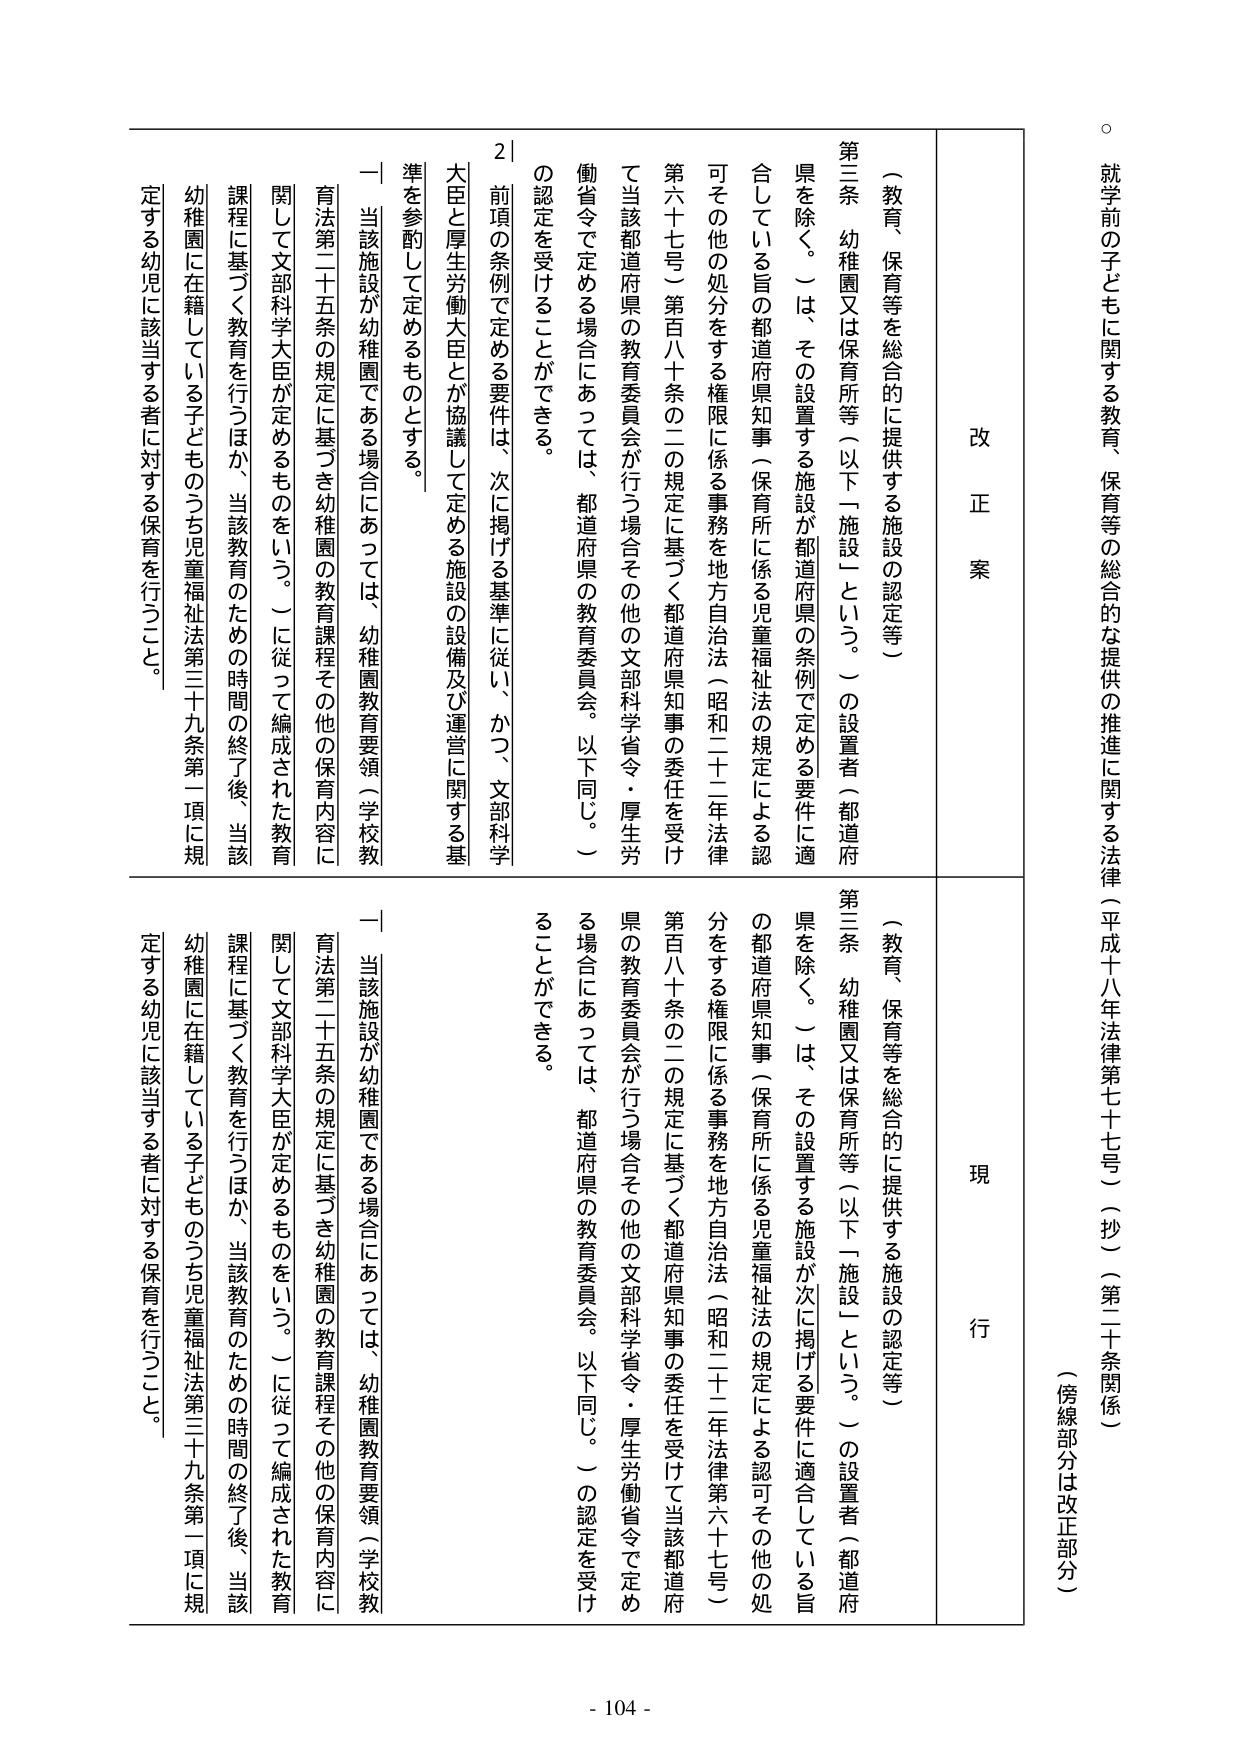
就学前の子どもに関する教育、保育等の総合的な提供の推進に関する法律（平成十八年法律第七十七号）（抄）（第二十条関係）
（傍線部分は改正部分）

改正案
現行

（教育、保育等を総合的に提供する施設の認定等）
第三条 幼稚園又は保育所等（以下「施設」という。）の設置者（都道府県を除く。）は、その設置する施設が都道府県の条例で定める要件に適合している旨の都道府県知事（保育所に係る児童福祉法の規定による認可その他の処分をする権限に係る事務を地方自治法（昭和二十二年法律第六十七条）第百八十条の二の規定に基づく都道府県知事の委任を受けて当該都道府県の教育委員会が行う場合その他の文部科学省令・厚生労働省令で定める場合にあっては、都道府県の教育委員会。以下同じ。）の認定を受けることができる。
前項の条例で定める要件は、次に掲げる基準に従い、かつ、文部科学大臣と厚生労働大臣とが協議して定める施設の設備及び運営に関する基準を参酌して定めるものとする。
一 当該施設が幼稚園である場合にあっては、幼稚園教育要領（学校教育法第二十五条の規定に基づき幼稚園の教育課程その他の保育内容に関して文部科学大臣が定めるものをいう。）に従って編成された教育課程に基づく教育を行つほか、当該教育のための時間の終了後、当該幼稚園に在籍している子どものうち児童福祉法第三十九条第一項に規定する幼児に該当する者に対する保育を行うこと。

（教育、保育等を総合的に提供する施設の認定等）
第三条 幼稚園又は保育所等（以下「施設」という。）の設置者（都道府県を除く。）は、その設置する施設が次に掲げる要件に適合している旨の都道府県知事（保育所に係る児童福祉法の規定による認可その他の処分をする権限に係る事務を地方自治法（昭和二十二年法律第六十七条）第百八十条の二の規定に基づく都道府県知事の委任を受けて当該都道府県の教育委員会が行う場合その他の文部科学省令・厚生労働省令で定める場合にあっては、都道府県の教育委員会。以下同じ。）の認定を受けることができる。
一 当該施設が幼稚園である場合にあっては、幼稚園教育要領（学校教育法第二十五条の規定に基づき幼稚園の教育課程その他の保育内容に関して文部科学大臣が定めるものをいう。）に従って編成された教育課程に基づく教育を行つほか、当該教育のための時間の終了後、当該幼稚園に在籍している子どものうち児童福祉法第三十九条第一項に規定する幼児に該当する者に対する保育を行うこと。

- 104 -